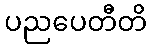
ပညပေတီတိ